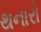
થનારો